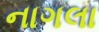
નાગલા